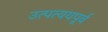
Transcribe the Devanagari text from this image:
उत्पत्ययपूर्व